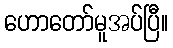
ဟောတော်မူအပ်ပြီ။